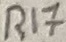
Text: R17